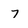
Character: 7